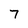
Character: 7